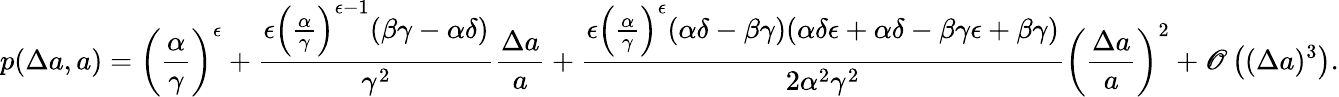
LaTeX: p(\Delta a,a)=\left(\frac{\alpha}{\gamma}\right)^{\epsilon}+\frac{\epsilon\left(\frac{\alpha}{\gamma}\right)^{\epsilon-1}(\beta\gamma-\alpha\delta)}{\gamma^{2}}\frac{\Delta a}{a}+\frac{\epsilon\left(\frac{\alpha}{\gamma}\right)^{\epsilon}(\alpha\delta-\beta\gamma)(\alpha\delta\epsilon+\alpha\delta-\beta\gamma\epsilon+\beta\gamma)}{2\alpha^{2}\gamma^{2}}\left(\frac{\Delta a}{a}\right)^{2}+\mathscr{O}\left((\Delta a)^{3}\right).